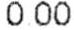
0.00